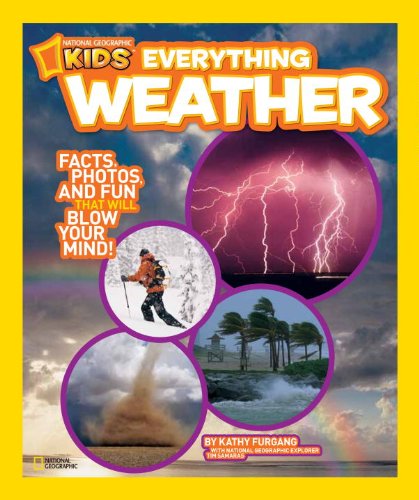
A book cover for National Geographic Kids Everything Weather: Facts, Photos, and Fun that Will Blow You Away; Kathy Furgang; Children's Books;